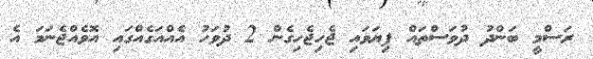
ރަސްމީ ބަންދު ދުވަސްތައް ފިޔަވައި ޖެހިޖެހިގެން 2 ދުވަހު އެއްއަގެއްގައި އޮވެއްޖެނަމަ އެ